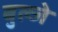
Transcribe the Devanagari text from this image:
बुल्जे